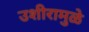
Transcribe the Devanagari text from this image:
उशीरामुळे